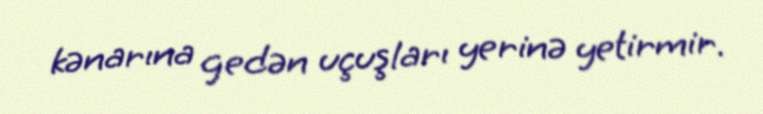
kənarına gedən uçuşları yerinə yetirmir.